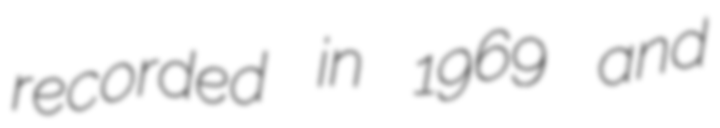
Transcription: recorded in 1969 and